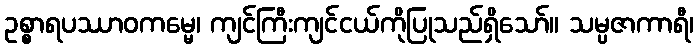
ဥစ္စာရပဿာဝကမ္မေ၊ ကျင်ကြီးကျင်ငယ်ကိုပြုသည်ရှိသော်။ သမ္ပဇာကာရီ၊